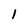
Character: 1